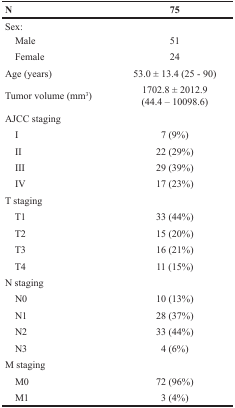
<table><thead><tr><td><b>N</b></td><td><b>75</b></td></tr></thead><tbody><tr><td>Sex:</td><td></td></tr><tr><td> Male</td><td>51</td></tr><tr><td> Female</td><td>24</td></tr><tr><td>Age (years)</td><td>53.0 ± 13.4 (25 - 90)</td></tr><tr><td>Tumor volume (mm<sup>3</sup>)</td><td>1702.8 ± 2012.9 (44.4 – 10098.6)</td></tr><tr><td>AJCC staging</td><td></td></tr><tr><td> I</td><td>7 (9%)</td></tr><tr><td> II</td><td>22 (29%)</td></tr><tr><td> III</td><td>29 (39%)</td></tr><tr><td> IV</td><td>17 (23%)</td></tr><tr><td>T staging</td><td></td></tr><tr><td> T1</td><td>33 (44%)</td></tr><tr><td> T2</td><td>15 (20%)</td></tr><tr><td> T3</td><td>16 (21%)</td></tr><tr><td> T4</td><td>11 (15%)</td></tr><tr><td>N staging</td><td></td></tr><tr><td> N0</td><td>10 (13%)</td></tr><tr><td> N1</td><td>28 (37%)</td></tr><tr><td> N2</td><td>33 (44%)</td></tr><tr><td> N3</td><td>4 (6%)</td></tr><tr><td>M staging</td><td></td></tr><tr><td> M0</td><td>72 (96%)</td></tr><tr><td> M1</td><td>3 (4%)</td></tr></tbody></table>